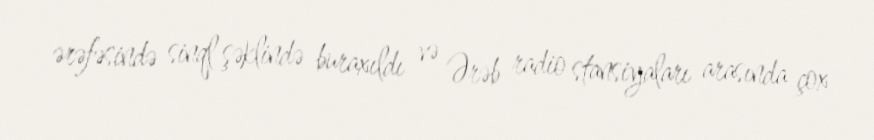
ərəfəsində sinql şəklində buraxıldı və Ərəb radio stansiyaları arasında çox